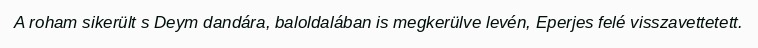
A roham sikerült s Deym dandára, baloldalában is megkerülve levén, Eperjes felé visszavettetett.